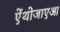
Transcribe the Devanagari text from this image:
ऐंथोजाएआ